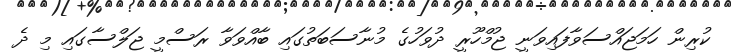
ކުރިން ހަމަޖައްސަވާފައިވަނީ ޖުމްހޫރީ ދުވަހުގެ މުނާސަބަތުގައި ބާއްވަވާ ރަސްމީ ޖަލްސާގައި މި ދެ